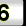
Digit: 6